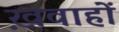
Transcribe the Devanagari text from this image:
ख़वाहों